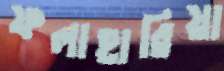
ফলাহারিয়া